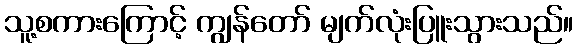
သူ့စကားကြောင့် ကျွန်တော် မျက်လုံးပြူးသွားသည်။